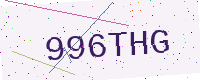
Text: 996THG